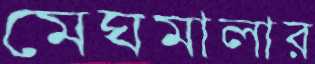
মেঘমালার